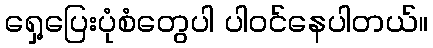
ရှေ့ပြေးပုံစံတွေပါ ပါဝင်နေပါတယ်။